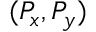
( P _ { x } , P _ { y } )